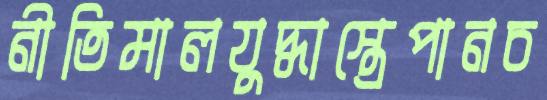
নীতিমালযুদ্ধাস্ত্রেপানচ